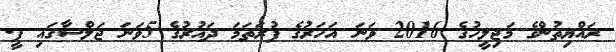
ރައްޔިތުންގެ މަޖިލީހުގެ 2016 ވަނަ އަހަރުގެ ފުރަތަމަ ދައުރުގެ 5ވަނަ ޖަލްސާގައި ޕީ.